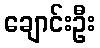
ချောင်းဦး